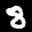
Label: 8